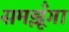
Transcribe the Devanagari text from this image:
समझूँगा